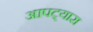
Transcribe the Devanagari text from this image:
आपट्यास